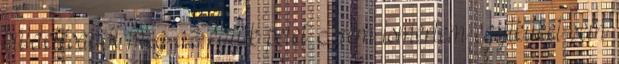
küldetésadót meg az egyik petet. Nem ismertem egyiküket sem